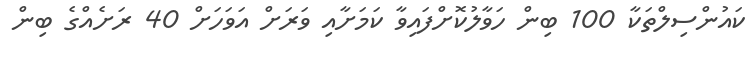
ކައުންސިލްތަކާ 100 ބިން ހަވާލުކޮށްފައިވާ ކަމަށާއި ވަރަށް އަވަހަށް 40 ރަށެއްގެ ބިން